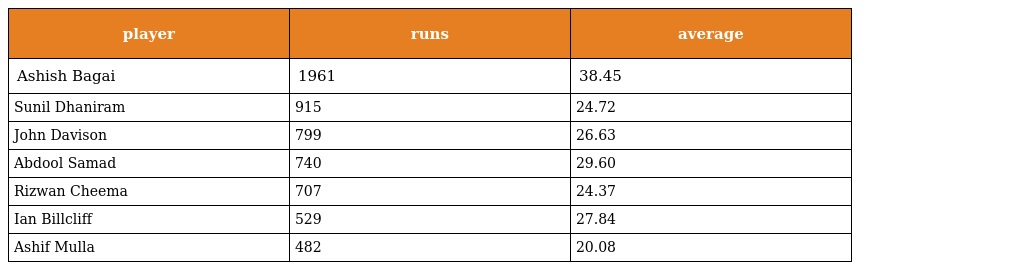
| player | runs | average |
 | --- | --- | --- |
 | Ashish Bagai | 1961 | 38.45 |
 | Sunil Dhaniram | 915 | 24.72 |
 | John Davison | 799 | 26.63 |
 | Abdool Samad | 740 | 29.60 |
 | Rizwan Cheema | 707 | 24.37 |
 | Ian Billcliff | 529 | 27.84 |
 | Ashif Mulla | 482 | 20.08 |